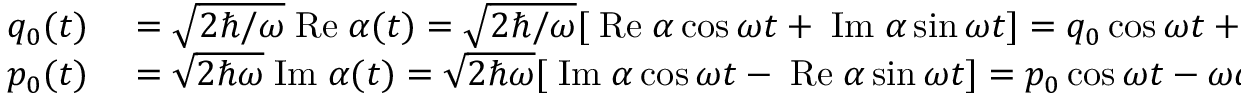
\begin{array} { r l } { q _ { 0 } ( t ) } & { { } = \sqrt { 2 \hbar / \omega } \mathrm { \; R e } \; \alpha ( t ) = \sqrt { 2 \hbar / \omega } [ \mathrm { \; R e } \; \alpha \cos \omega t + \mathrm { \; I m } \; \alpha \sin \omega t ] = q _ { 0 } \cos \omega t + ( p _ { 0 } / \omega ) \sin \omega t } \\ { p _ { 0 } ( t ) } & { { } = \sqrt { 2 \hbar \omega } \mathrm { \; I m } \; \alpha ( t ) = \sqrt { 2 \hbar \omega } [ \mathrm { \; I m } \; \alpha \cos \omega t - \mathrm { \; R e } \; \alpha \sin \omega t ] = p _ { 0 } \cos \omega t - \omega q _ { 0 } \sin \omega t } \end{array}